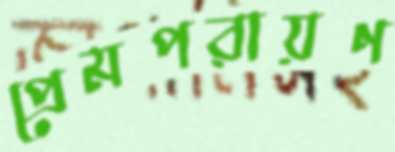
প্রেমপরায়ণ